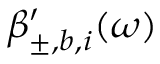
\beta _ { \pm , b , i } ^ { \prime } ( \omega )